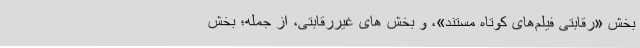
بخش «رقابتی فیلم‌های کوتاه مستند»، و بخش های غیررقابتی، از جمله؛ بخش